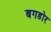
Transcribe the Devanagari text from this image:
बगडोर